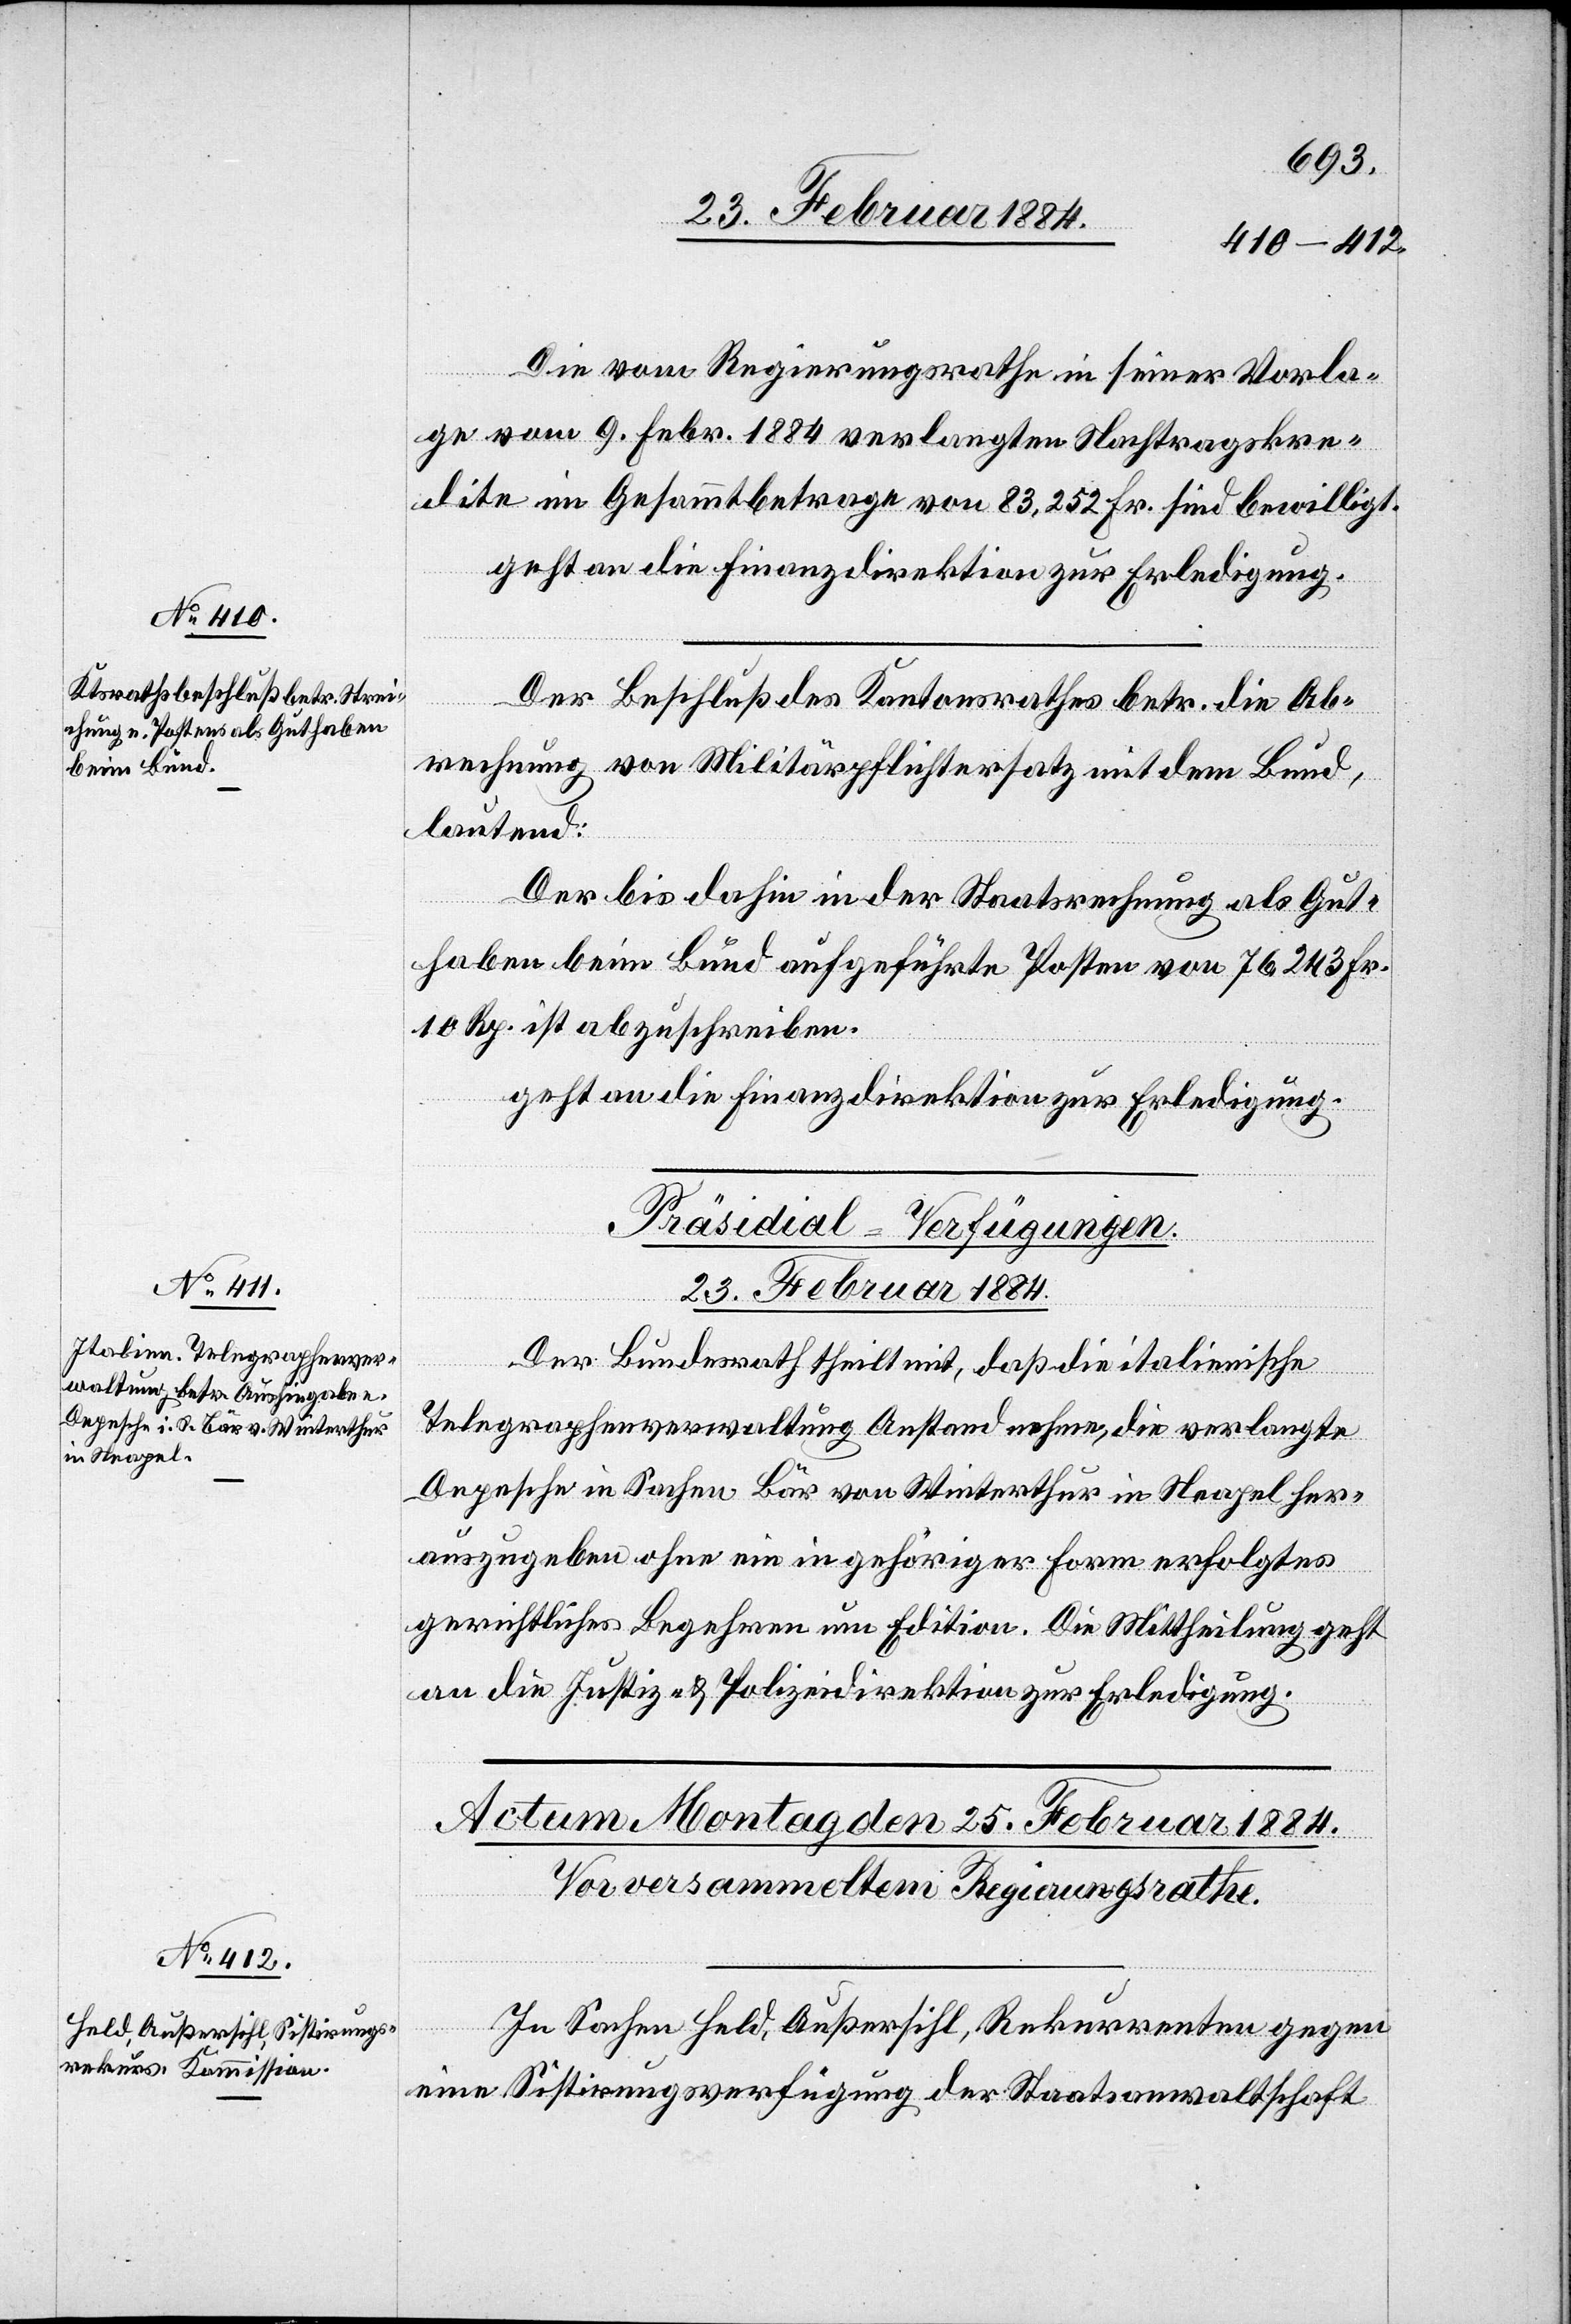
Die vom Regierungsrathe in seiner Vorla¬
ge vom 9. Febr. 1884 verlangten Nachtragskre¬
dite im Gesammtbetrage von 83,252 Fr. sind bewilligt.
geht an die Finanzdirektion zur Erledigung.
Der Beschluß des Kantonsrathes betr. die Ab¬
rechnung von Militärpflichtersatz mit dem Bund,
lautend:
Der bis dahin in der Staatsrechnung als Gut¬
haben beim Bunde aufgeführten Posten von 76, 243 Fr.
10 Rp. ist abzuschreiben.
geht an die Finanzdirektion zur Erledigung.
Präsidial-Verfügungen.
23. Februar 1884.
Der Bundesrath theilt mit, daß die italienische
Telegraphenverwaltung Anstand nehme, die verlangte
Depesche in Sachen Bär von Winterthur in Neapel her¬
auszugeben ohne ein in gehöriger Form erfolgtes
gerichtliches Begehren um Edition. Die Mittheilung geht
an die Justiz- & Polizeidirektion zur Erledigung.
In Sachen Feld, Außersihl, Rekurrenten gegen
eine Sistierungsverfügung der Staatsanwaltschaft